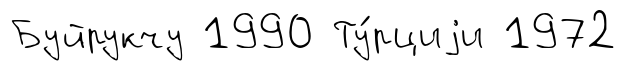
Буйрукчу 1990 Ту́рциjи 1972